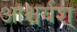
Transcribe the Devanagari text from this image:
आश्चर्यश्